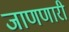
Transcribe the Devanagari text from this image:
जाणणारी